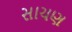
સાચણ